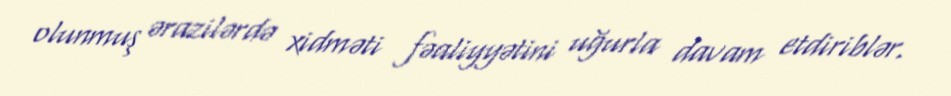
olunmuş ərazilərdə xidməti fəaliyyətini uğurla davam etdiriblər.